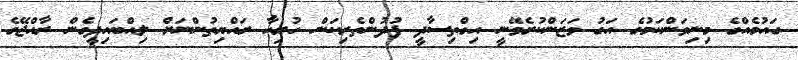
ގައުމެއްގެ މިނިވަންކަމުގެ އަގު ވަޒަންކުރެވޭނީ އިގްތިސާދީ ފުދުންތެރިކަން ހުރިހާ ރައްޔިތުންނަށް ލިއްބައިދީގެން ރާއްޖޭގެ